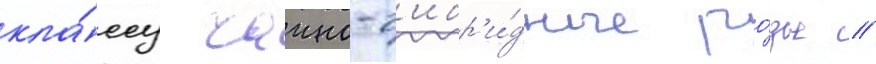
кла́ссу чаино-г'ибр'и́дные ро́зы //